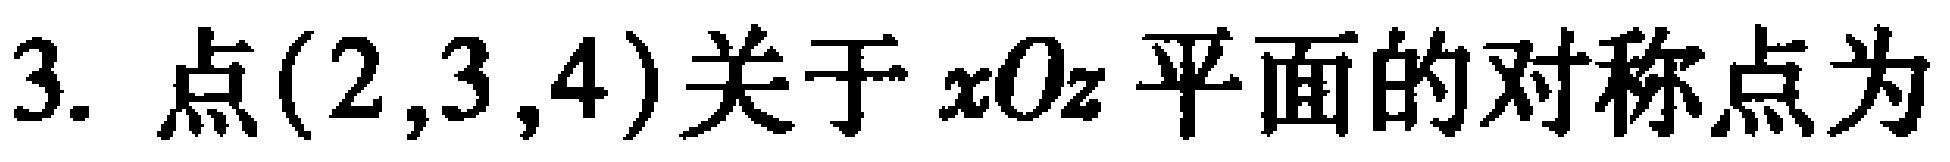
3. 点$(2,3,4)$关于$xOz$平面的对称点为